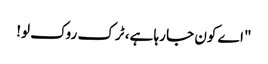
"اے کون جا رہا ہے، ٹرک روک لو!